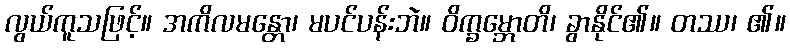
လွယ်ကူသဖြင့်။ အကိလမန္တော၊ မပင်ပန်းဘဲ။ ဝိက္ခမ္ဘောတိ၊ ခွာနိုင်၏။ တဿ၊ ၏။